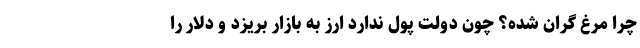
چرا مرغ گران شده؟ چون دولت پول ندارد ارز به بازار بریزد و دلار را